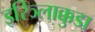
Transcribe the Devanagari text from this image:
इरिञ्लाक्कुडा